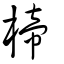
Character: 楴